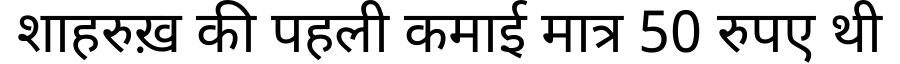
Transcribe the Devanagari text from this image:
शाहरुख़ की पहली कमाई मात्र 50 रुपए थी